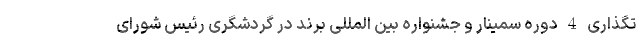
تگذاری 4 دوره سمینار و جشنواره بین المللی برند در گردشگری رئیس شورای